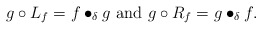
\begin{align*}g\circ L_f=f\bullet_\delta g\ \mbox{and}\ g\circ R_f=g\bullet_\delta f.\end{align*}